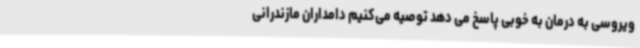
ویروسی به درمان به خوبی پاسخ می دهد توصیه می‌کنیم دامداران مازندرانی